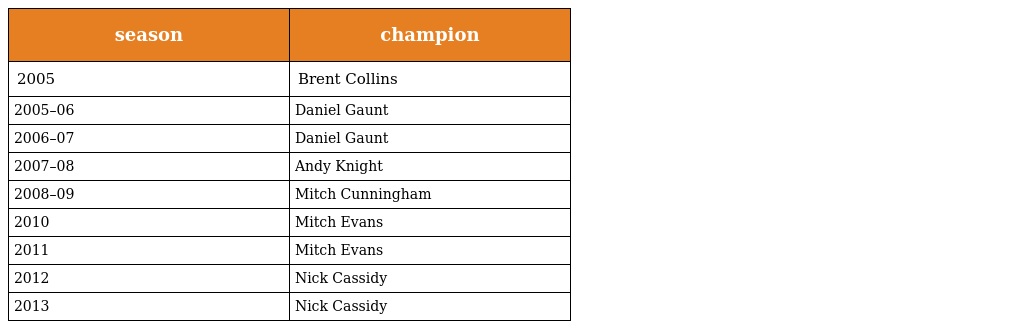
| season | champion |
 | --- | --- |
 | 2005 | Brent Collins |
 | 2005–06 | Daniel Gaunt |
 | 2006–07 | Daniel Gaunt |
 | 2007–08 | Andy Knight |
 | 2008–09 | Mitch Cunningham |
 | 2010 | Mitch Evans |
 | 2011 | Mitch Evans |
 | 2012 | Nick Cassidy |
 | 2013 | Nick Cassidy |